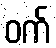
ဝက်